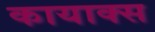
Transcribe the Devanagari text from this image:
कायाक्स